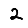
Digit: 2